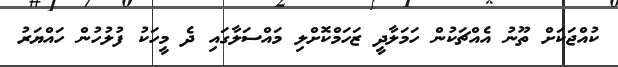
ކުއްޖަކަށް ތޫނު އެއްޗަކުން ހަމަލާދީ ޒަހަމްކޮށްލި މައްސަލާގައި ދެ މީހަކު ފުލުހުން ހައްޔަރު